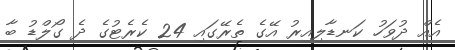
އެއް ދުވަހު ކަނޑާލިއިރު އޭގެ ތެރޭގައި 24 ކެރެޓުގެ ދެ ގޯލްޑު ބާ